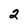
Character: 2